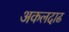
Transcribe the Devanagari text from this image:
अकलदाढ